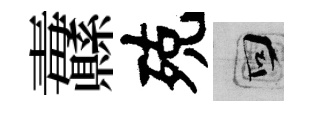
纛殑回